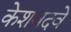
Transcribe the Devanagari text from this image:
केशवदवे